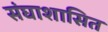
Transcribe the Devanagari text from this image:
संघाशासित